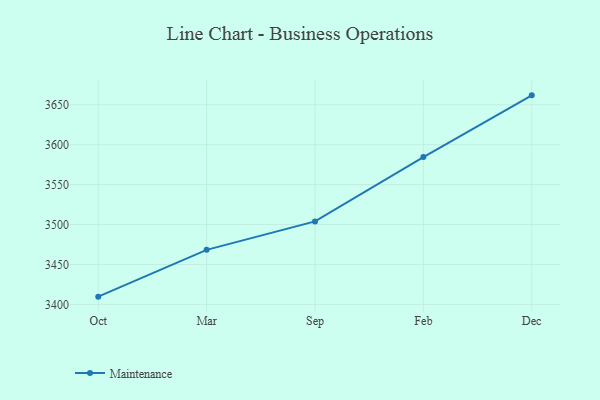
{"axis": {"x": "Month", "y": "Tickets Resolved"}, "legend": ["Maintenance"], "data": [{"x": "Oct", "y": 3409.7, "type": "Maintenance"}, {"x": "Mar", "y": 3468.3, "type": "Maintenance"}, {"x": "Sep", "y": 3503.9, "type": "Maintenance"}, {"x": "Feb", "y": 3584.5, "type": "Maintenance"}, {"x": "Dec", "y": 3661.8, "type": "Maintenance"}]}